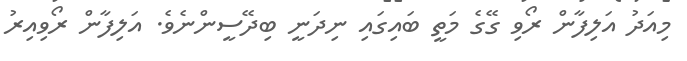
މިއަދު އަލިފާން ރޯވި ގޭގެ މަތީ ބައިގައި ނިދަނީ ބިދޭސީންނެވެ. އަލިފާން ރޯވިއިރު